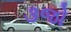
૩જો